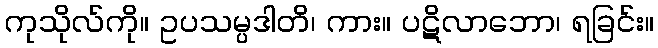
ကုသိုလ်ကို။ ဥပသမ္ပဒါတိ၊ ကား။ ပဋိလာဘော၊ ရခြင်း။